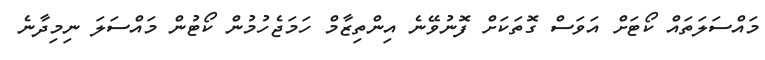
މައްސަލަތައް ކޯޓަށް އަވަސް ގޮތަކަށް ފޮނުވޭނެ އިންތިޒާމް ހަމަޖެހުމުން ކޯޓުން މައްސަލަ ނިމިދާނެ